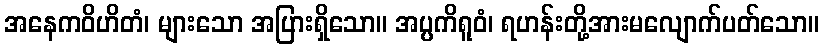
အနေကဝိဟိတံ၊ များသော အပြားရှိသော။ အပ္ပကိရူဝံ၊ ရဟန်းတို့အားမလျောက်ပတ်သော။